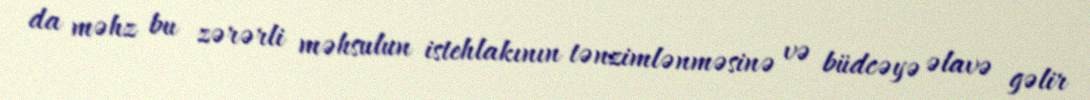
da məhz bu zərərli məhsulun istehlakının tənzimlənməsinə və büdcəyə əlavə gəlir